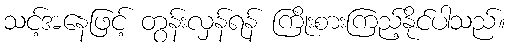
သင့်အနေဖြင့် တွန်းလှန်ရန် ကြိုးစားကြည့်နိုင်ပါသည်။